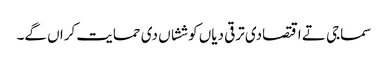
سماجی تے اقتصادی ترقی دیاں کوششاں دی حمایت کراں گے۔